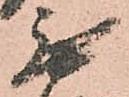
無